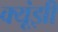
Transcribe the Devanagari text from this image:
क्यूंझी